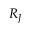
R _ { J }